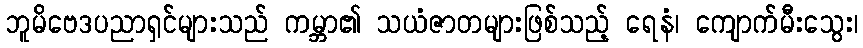
ဘူမိဗေဒပညာရှင်များသည် ကမ္ဘာ၏ သယံဇာတများဖြစ်သည့် ရေနံ၊ ကျောက်မီးသွေး၊